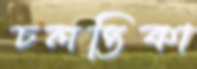
চলন্তিকা